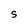
Character: S